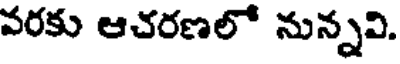
వరకు ఆచరణలో నున్నవి.